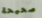
صحيحة